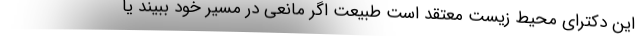
این دکترای محیط زیست معتقد است طبیعت اگر مانعی در مسیر خود ببیند یا